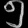
Digit: ၅